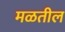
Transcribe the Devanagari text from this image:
मळतील